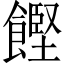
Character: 𮩌